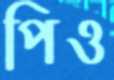
পিও